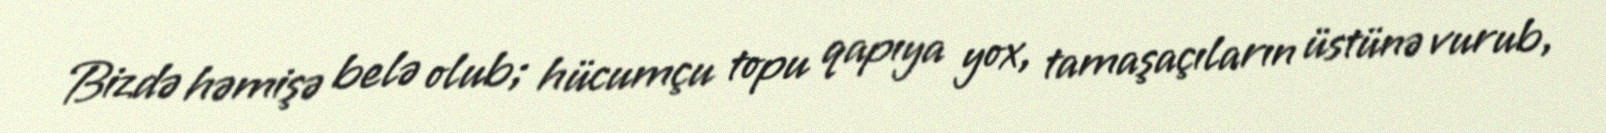
Bizdə həmişə belə olub; hücumçu topu qapıya yox, tamaşaçıların üstünə vurub,